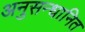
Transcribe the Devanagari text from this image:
अनुसन्‍धानित